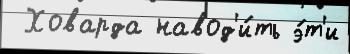
 Ховарда навод'и́ть э́т'и